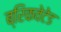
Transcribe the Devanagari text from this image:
ब्रिकवेटेड